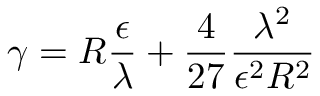
\gamma = R \frac \epsilon \lambda + \frac 4 { 2 7 } \frac { \lambda ^ { 2 } } { \epsilon ^ { 2 } R ^ { 2 } }